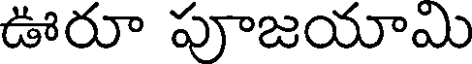
ఊరూ పూజయామి